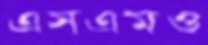
এসএমও